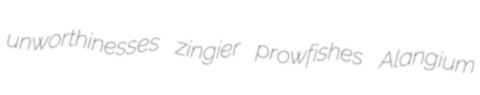
unworthinesses zingier prowfishes Alangium